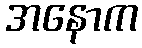
အနောက